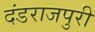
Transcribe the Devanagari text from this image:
दंडराजपुरी